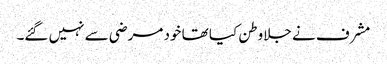
مشرف نے جلاوطن کیا تھا خود مرضی سے نہیں گئے۔